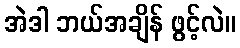
အဲဒါ ဘယ်အချိန် ဖွင့်လဲ။